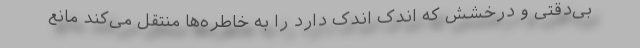
بی‌دقتی و درخشش که اندک اندک دارد را به خاطره‌ها منتقل می‌کند مانع